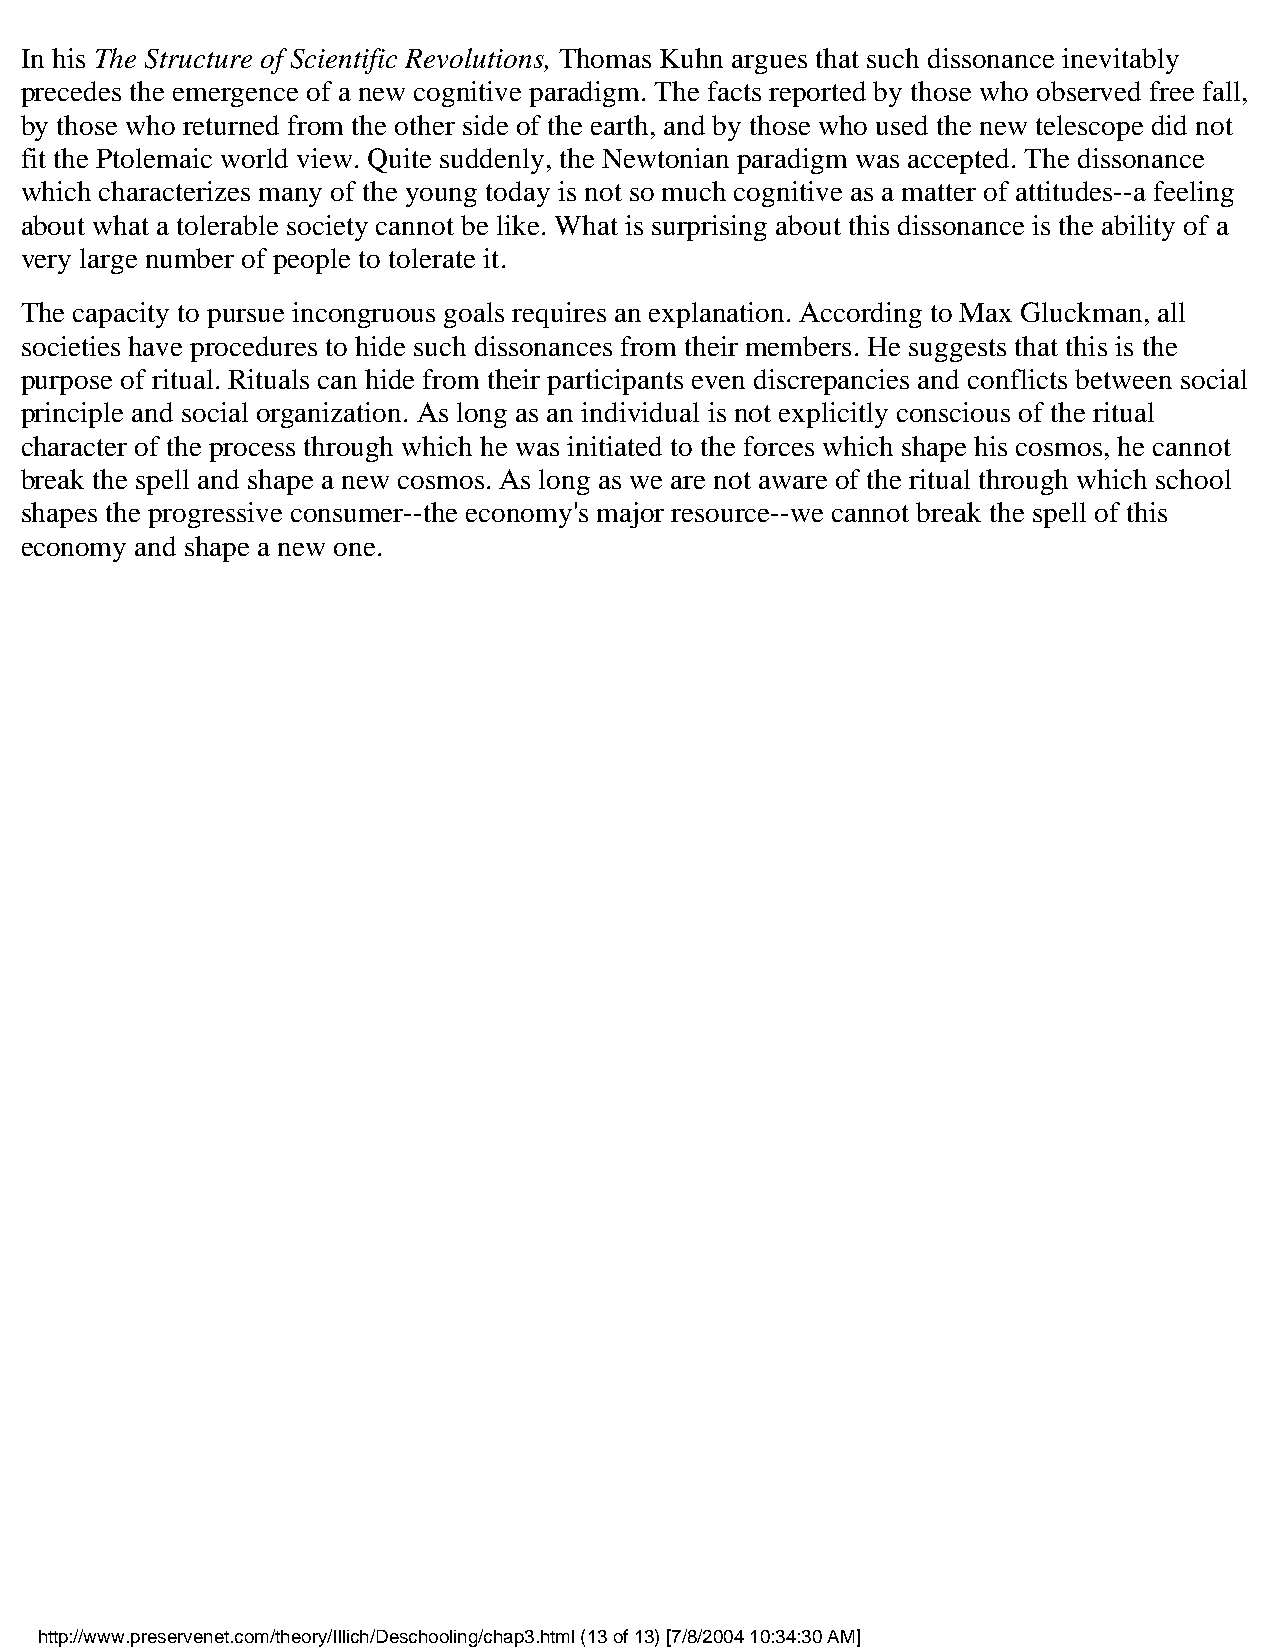
In his The Structure of Scientific Revolutions, Thomas Kuhn argues that such dissonance inevitably
 precedes the emergence of a new cognitive paradigm. The facts reported by those who observed free fall,
 by those who returned from the other side of the earth, and by those who used the new telescope did not
 fit the Ptolemaic world view. Quite suddenly, the Newtonian paradigm was accepted. The dissonance
 which characterizes many of the young today is not so much cognitive as a matter of attitudes--a feeling
 about what a tolerable society cannot be like. What is surprising about this dissonance is the ability of a
 very large number of people to tolerate it.
 The capacity to pursue incongruous goals requires an explanation. According to Max Gluckman, all
 societies have procedures to hide such dissonances from their members. He suggests that this is the
 purpose of ritual. Rituals can hide from their participants even discrepancies and conflicts between social
 principle and social organization. As long as an individual is not explicitly conscious of the ritual
 character of the process through which he was initiated to the forces which shape his cosmos, he cannot
 break the spell and shape a new cosmos. As long as we are not aware of the ritual through which school
 shapes the progressive consumer--the economy's major resource--we cannot break the spell of this
 economy and shape a new one.
 http://www.preservenet.com/theory/Illich/Deschooling/chap3.html (13 of 13) [7/8/2004 10:34:30 AM]